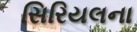
સિરિયલના